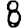
Digit: 8